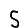
Digit: 5